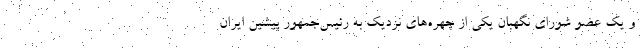
و یک عضو شورای نگهبان یکی از چهره‌های نزدیک به رئیس‌جمهور پیشین ایران